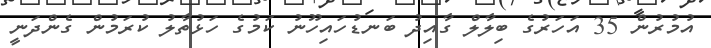
އުމުރުން 35 އަހަރުގެ ބިލާލް ގާއިދު ބަނޑުހައިހޫނު ކަމުގެ ހަޅުތާލު ކުރަމުން ގެންދަނީ